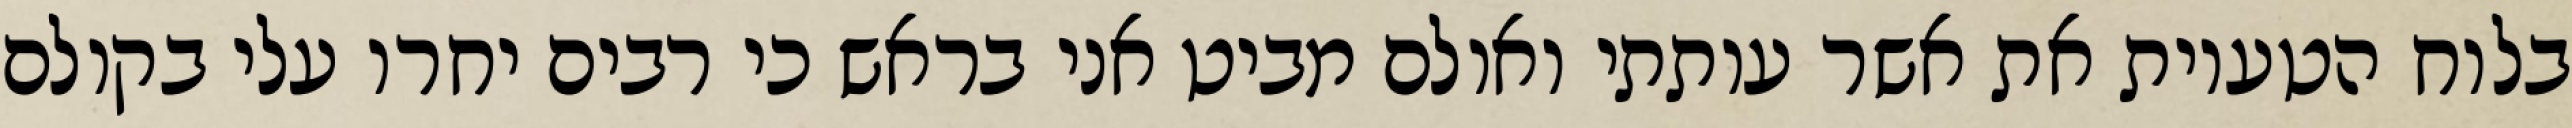
בלוח הטעיות את אשר עותתי ואולם מביט אני בראש כי רבים יחרו עלי בקולם